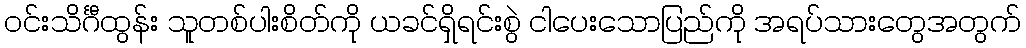
ဝင်းသိင်္ဂီထွန်း သူတစ်ပါးစိတ်ကို ယခင်ရှိရင်းစွဲ ငါပေးသောပြည်ကို အရပ်သားတွေအတွက်